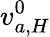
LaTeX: v_{a,H}^{0}